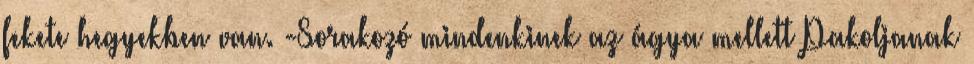
fekete hegyekben van. -Sorakozó mindenkinek az ágya mellett Pakoljanak